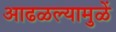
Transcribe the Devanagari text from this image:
आढळल्यामुळें